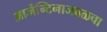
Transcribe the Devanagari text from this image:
आर्जेन्टिनाजवळचा